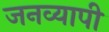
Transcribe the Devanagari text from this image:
जनव्यापी